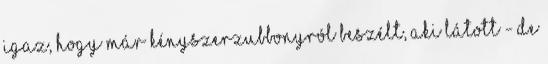
Igaz, hogy már kényszerzubbonyról beszélt, aki látott - de